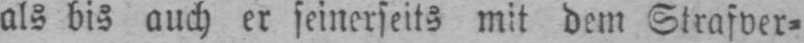
als bis auch er seinerseits mit dem Strafver⸗